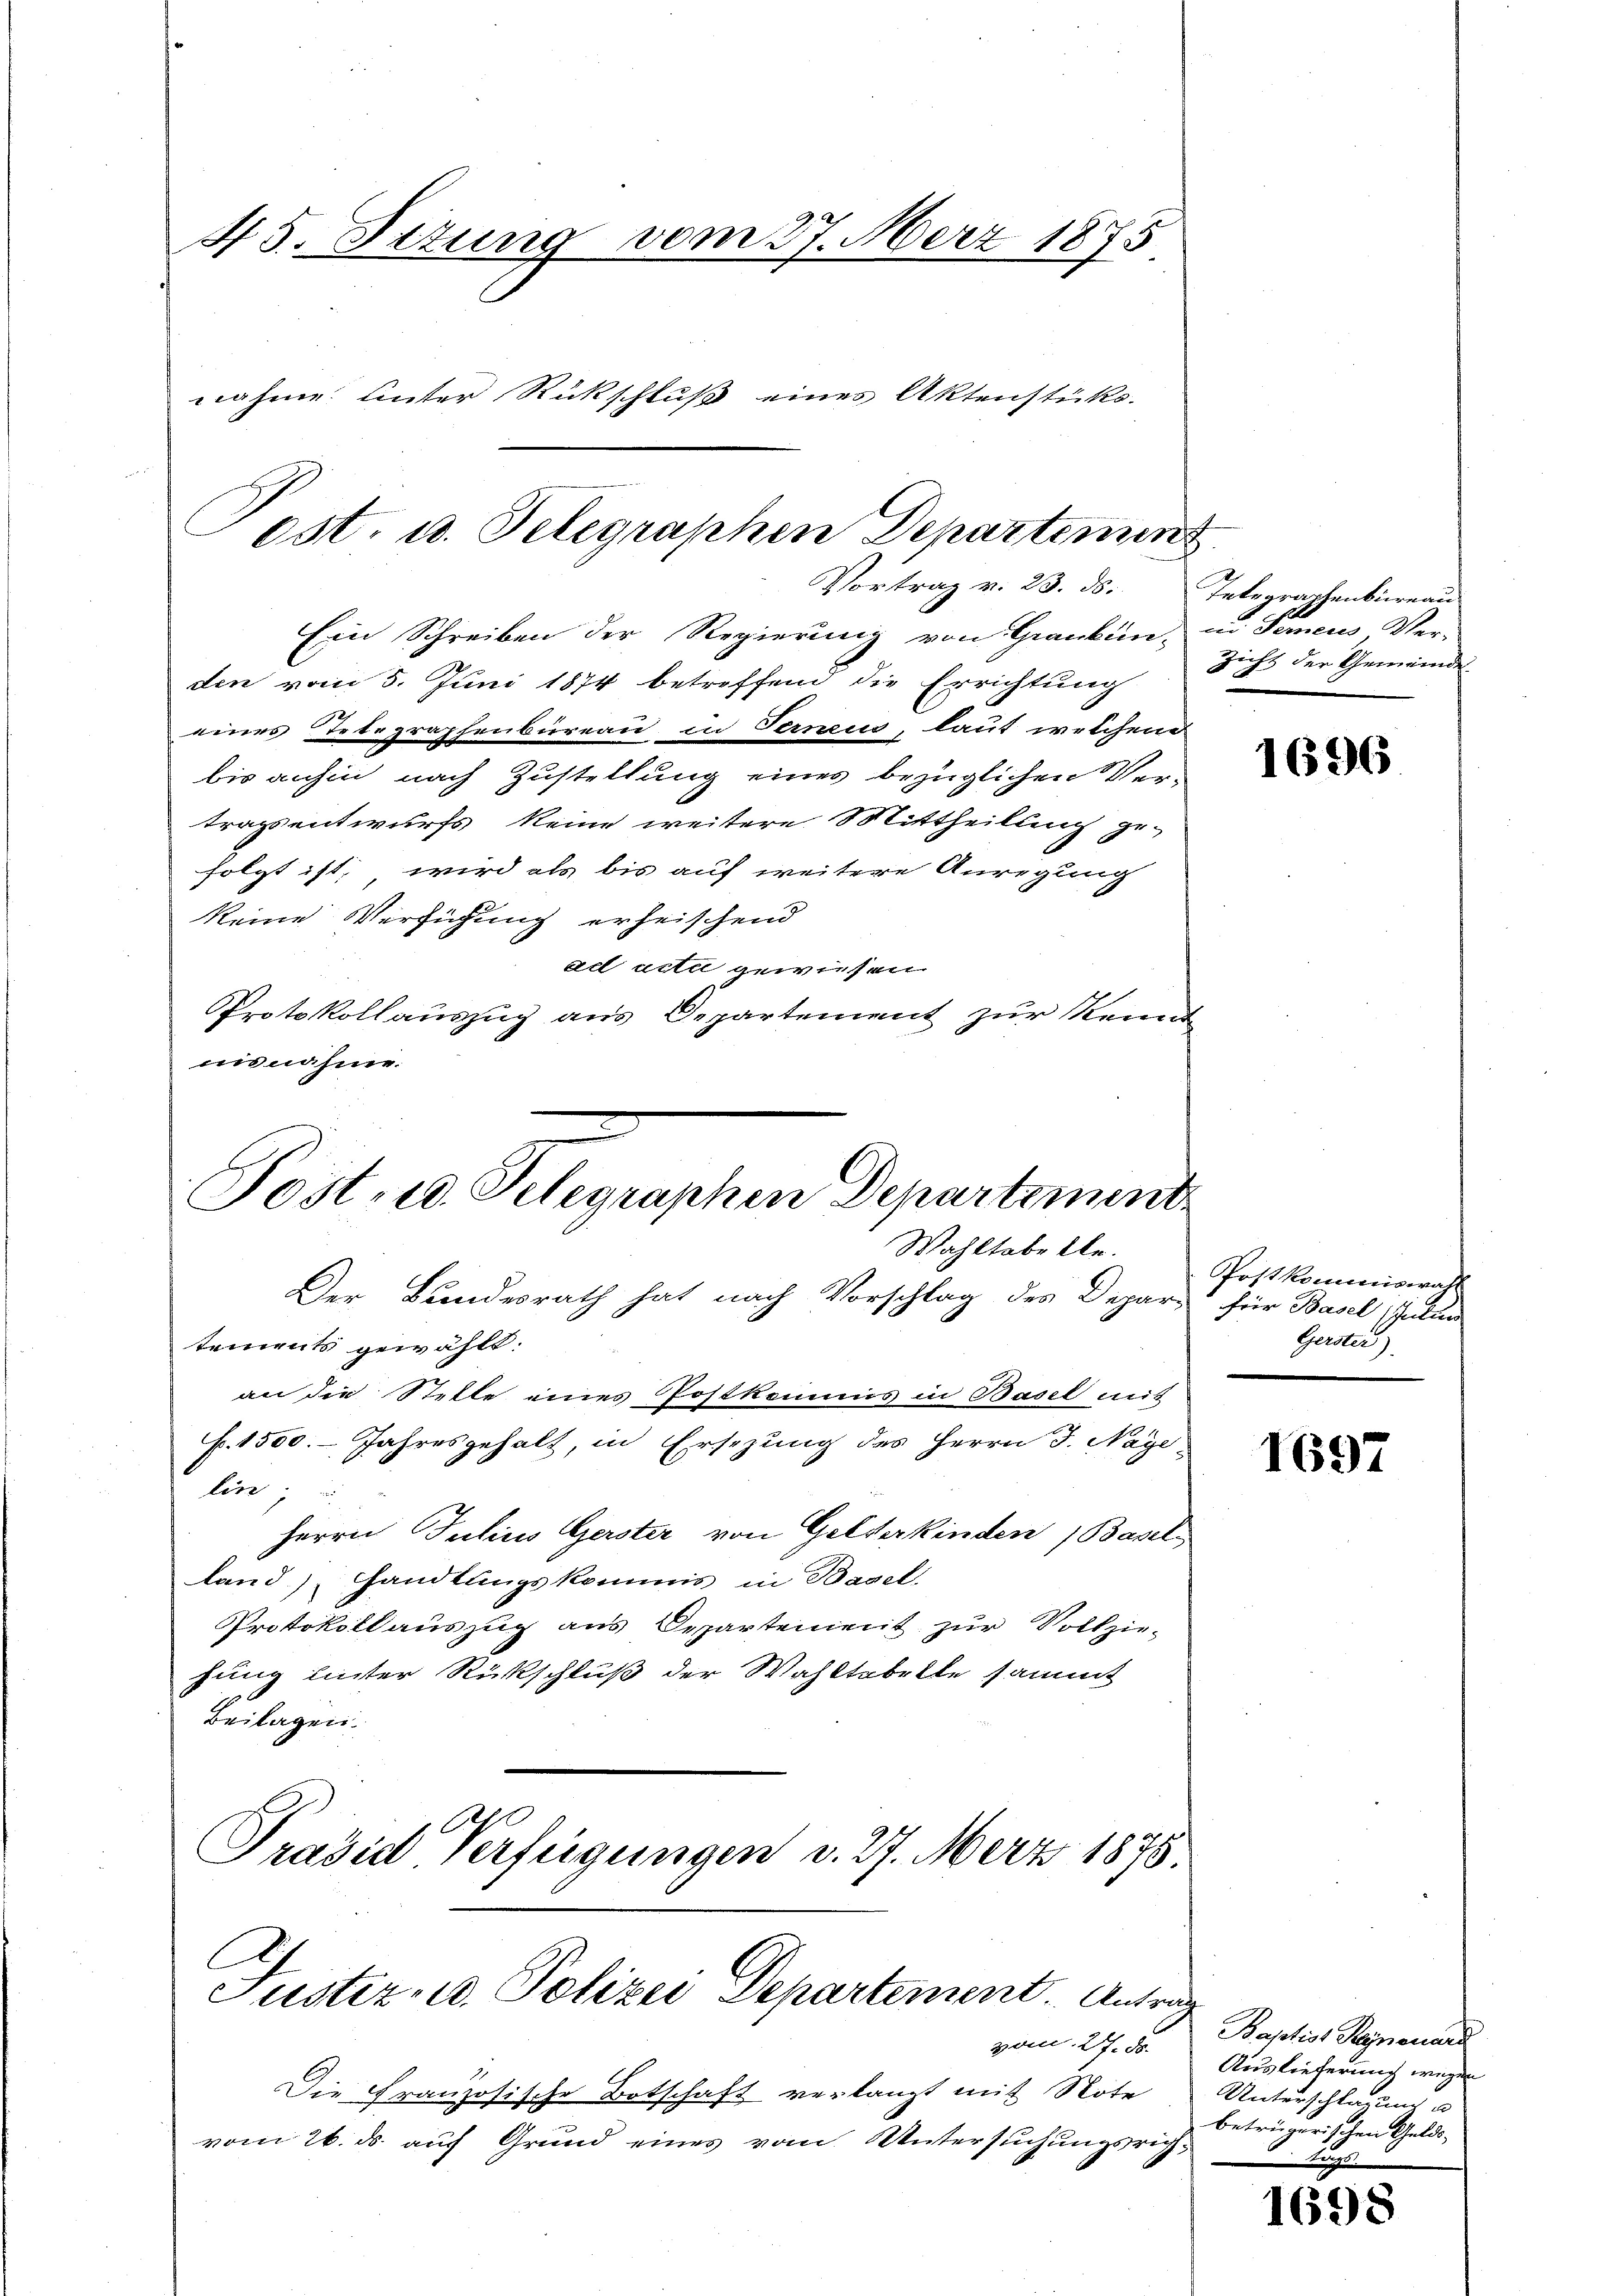
45. Dezung vom 27. März 1875
nahme Unter Rückschluß eines Aktenstücks.
ost. u. Telegraphen Departement

Vortrag v. 23. ds.

Ein Schreiben der Regierung von Granken, in Ferneus Ver-
den vom 5. Juni 1874 betreffend die Errichtung
eines Telegraphenbureau in Fernen, laut welchen
bis anhin nach Zustellung eines bezüglichen Vertragsentwurfs keine weitere Mittheilung ge-
folgt ist, wird als bis auf weitere Anregung
keine Verfügung erheischend
ad acta geweisen.
Protokollauszug aus Departement zur Kennt
nisnahme.
Post- u. Telegraphen Departement

Wahltabelle.

Der Bundesrath hat nach Vorschlag des Depars für Basel (Inti
tements gewählt:
an die Stelle eines Postkommis in Basel mit
f. 1550. Jahresgehalt, in Ersezung des Herrn J. Nage
lire, u
Herrn Julius Gerster von Gelderkinden Baselland) Handlungskommis in Basel.
Protokollauszug aus Departement zur Vollzie-
hung hinter Rückschluß der Wahltabelle sammt
Beilagen.
Präsid Verfügungen v. 27. März 1875.
C
Justiz- u. Polizei Departement. Antrag
vom 27. d.
Die Französische Botschaft verlangt mit Note
vom 26. ds. auf Grund eines vom Untersuchungsrich¬

Integraphenbureau
Zicht der Gemeinde

1696

Postkommiswahl
Gerster)

1697

Baptist Reynenard
Auslieferung wegen
Unterschlagung u
betrügerischen Gelds-

1698